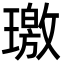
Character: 璬